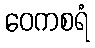
ဝေကစရံ